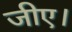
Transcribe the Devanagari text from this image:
जीए।